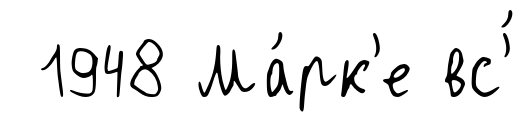
1948 Ма́рк'е вс'́